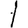
Digit: 1